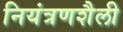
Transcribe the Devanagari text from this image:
नियंत्रणशैली